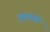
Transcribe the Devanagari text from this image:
युएयांग